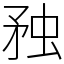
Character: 䂈